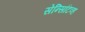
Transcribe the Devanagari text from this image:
सेन्सिटिव्ह